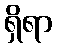
ရှိရာ